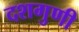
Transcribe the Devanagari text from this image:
दशगुणी